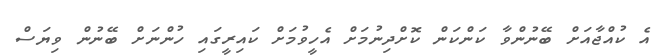
އެ ކުއްޖާއަށް ބޭނުންވާ ކަންކަން ކޮށްދިނުމަށް އެހީވުމަށް ކައިރީގައި ހުންނަށް ބޭނުން ވިޔަސް